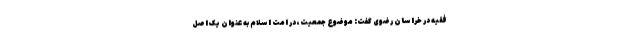
فقیه در خراسان رضوی گفت: موضوع جمعیت، در امت اسلام به عنوان یک اصل